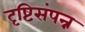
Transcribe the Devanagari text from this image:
दृष्टिसंपन्न